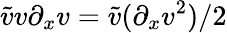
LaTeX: \tilde{v}v\partial_{x}v=\tilde{v}(\partial_{x}v^{2})/2